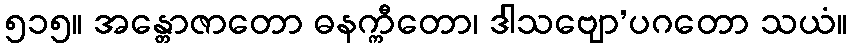
၅၁၅။ အန္တောဇာတော ဓနက္ကီတော၊ ဒါသဗျော’ပဂတော သယံ။